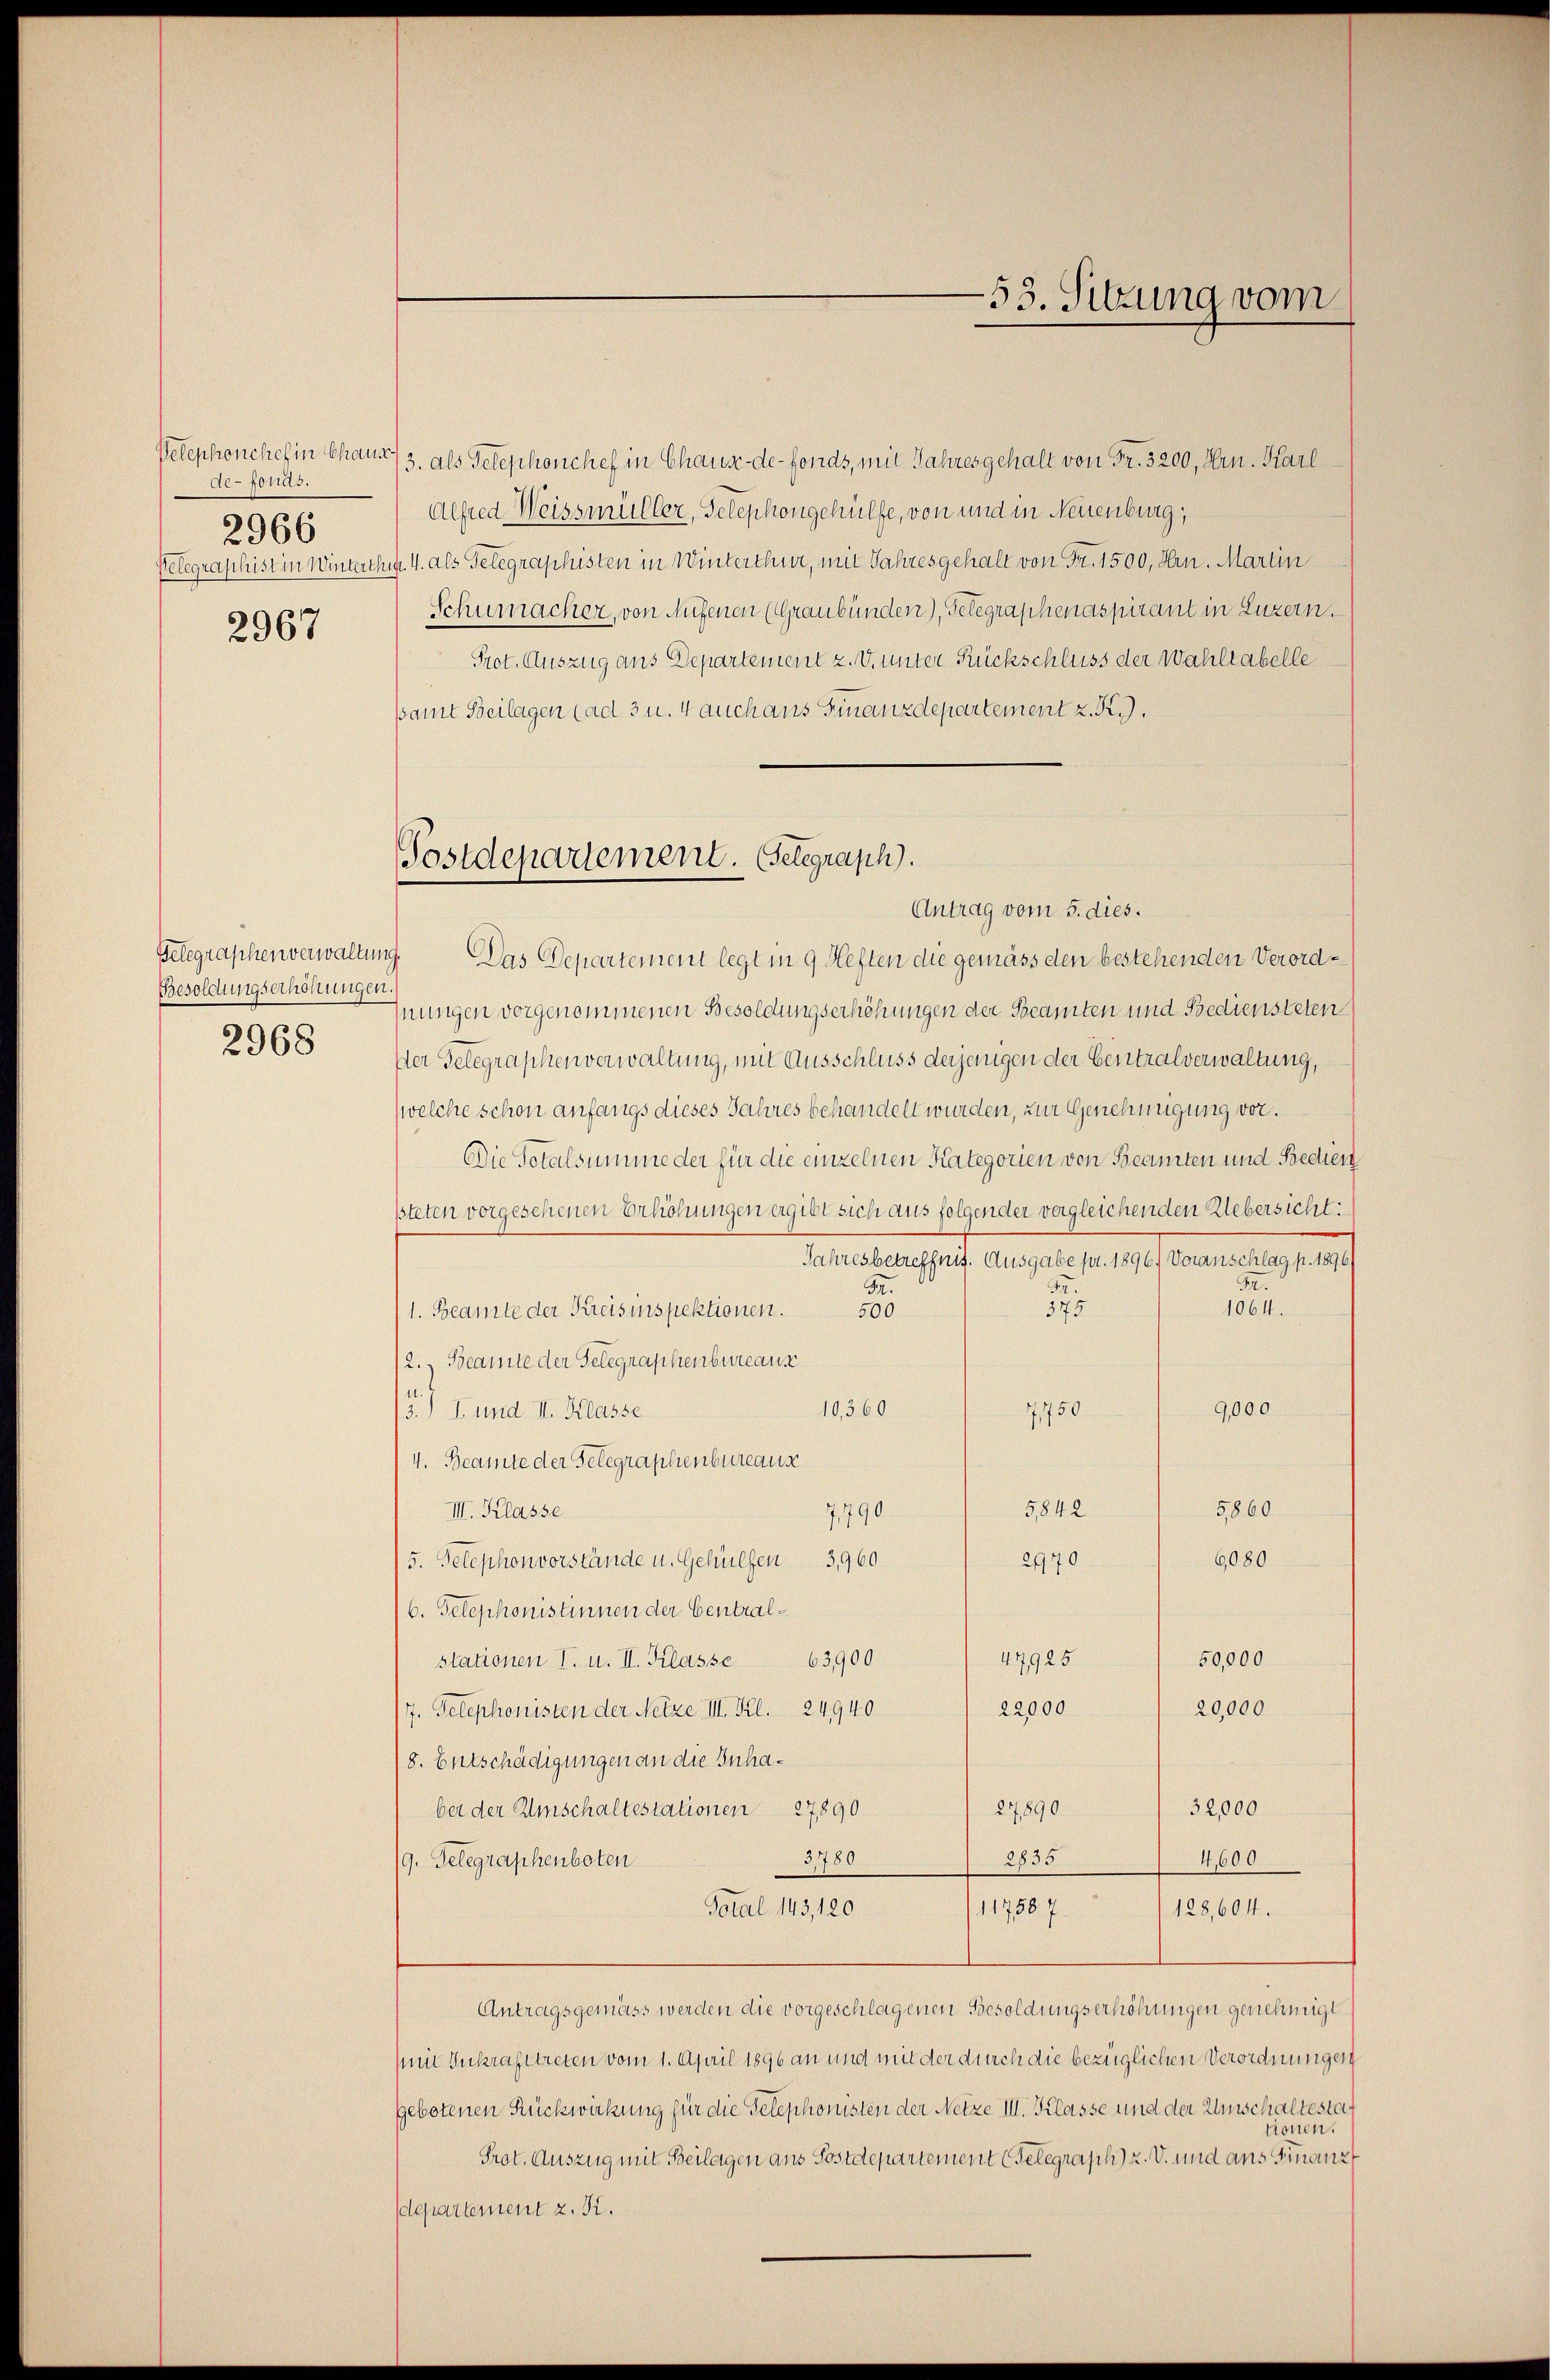
de-fonds.
2966

2967

Besoldungserhöhungen.
2968

Velephonchef in Chaux/3. als Telephonchef in Chaux-de-Fonds, mit Jahres gehalt von Fr. 3200, Hrn. Karl
Alfred Weissmüller, Telephongehülfe, von und in Neuenburg,
Pelegraphist in Winterthur 4. als Gelegraphisten in Winterthur, mit Jahresgehalt von Fr. 1500, Hrn. Martin
Schumacher, von Aufenen (Graubünden), Gelegraphenaspirant in Luzern.
Prot. Auszug aus Departement z. v. unter Rückschluss der Wahltabelle
samt Beilagen (ad 3 u. 4 auch aus Finanzdepartement z. R.
Antrag vom 5. dies.
Gelegraphenverwaltung. Das Departement legt in 9 Heften die gemäss den bestehenden Verordhnungen vorgenommenen Besoldungserhöhungen der Beamten und Bediensteten
Der Gelegraphenverwaltung, mit Ausschluss derjenigen der Eintralverwaltung,
(welche schon anfangs dieses Jahres behandelt wurden, zur Genehmigung vor¬
Die Totalsumme der für die einzelnen Kategorien von Beamten und Bedien
pteten vorgesehenen Erhöhungen ergibt sich aus folgender vergleichenden Uebersicht:
Jahresbetreffnis. Ausgabe pr. 1896) Voranschlag p. 1896)
32.
M.
5.
575
1064.
/1. Beamte der Kreisinspektionen. 500
12.) Beamte der Gelegraphenbureaus
7750
9,000
10,360
15) I. und II. Klasse
4. Beamte der Telegraphenbureaus
5860
5842
III. Klasse
7790
6080
2970
5. Telephonvorstände u. Gehülfen 3960
/6. Telephonistinnen der Central¬
47925
50,000
stationen I. u. II. Klasse 63,900
20,000
22,000
7. Telephonisten der Netze III. Kl. 24940
8. Entschädigungen an die Inha¬
32,000
ber der Umschaltestationen 27890
27890
3780
2835
4,600
(9. Telegraphenboten
117587.
Total 143, 120
128,604.
Antragsgemäss werden die vorgeschlagenen Besoldungserhöhungen genehmigt
(mit Inkrafttreten vom 1. April 1896 an und mit der durch die bezüglichen Verordnungen
gebotenen Rückwirkung für die Telephonisten der Netze III. Klasse und der Umschaltestationen.
Prot. Auszug mit Beilagen aus Sostdepartement Gelegrasch) u. V. und aus Finanz
departement z. K.

Postdepartement. Gelegraph.

53. Sitzung vom